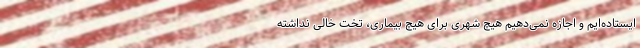
ایستاده‌ایم و اجازه نمی‌دهیم هیچ شهری برای هیچ بیماری، تخت خالی نداشته